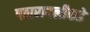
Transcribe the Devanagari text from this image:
पठारापलीकडे